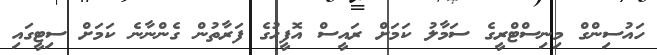
ހައުސިންގް މިނިސްޓްރީގެ ސަމާލު ކަމަށް ރައީސް އޮފީހުގެ ފަރާތުން ގެންނާނެ ކަމަށް ސިޓީގައި